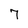
Character: 7